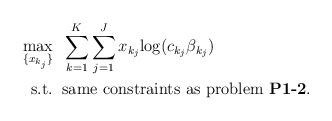
\begin{align*}\max_{\{x_{k_j}\}} &\;\; \sum_{k=1}^K\sum_{j=1}^J x_{k_j}{\log(c_{k_j} \beta_{k_j} )} \\\mbox{s.t.} &\;\; \mbox{same constraints as problem {\bf P1-2}}. \end{align*}